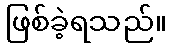
ဖြစ်ခဲ့ရသည်။